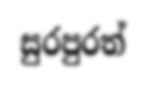
සුරපුරත්